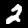
Label: 2